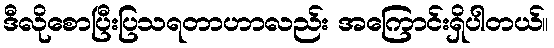
ဒီလိုစောပြီးပြသရတာဟာလည်း အကြောင်းရှိပါတယ်။